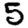
Digit: 5